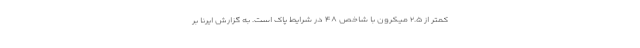
کمتر از ۲.۵ میکرون با شاخص ۴۸ در شرایط پاک است. به گزارش ایرنا بر